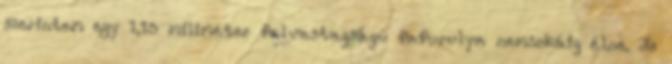
szerintem egy 1,13 miliméter falvastagságú fafurulya nemsokáig élne. de